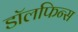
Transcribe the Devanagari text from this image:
डॉलफिन्स